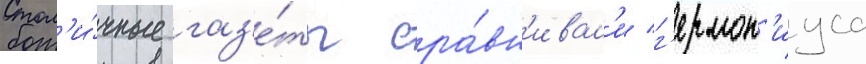
Стол'и́чные газ'е́ты сра́вн'ивал'и г'ермон'иуса